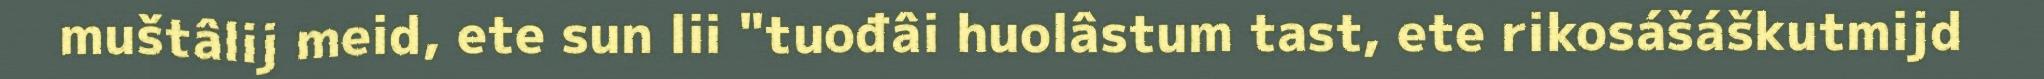
muštâlij meid, ete sun lii "tuođâi huolâstum tast, ete rikosášáškutmijd